Annual report of the Bengal Veterinary College, and of the Civil Veterinary Department, Bengal, for the year 1901-1902 - 1901-1902
Year: 1901
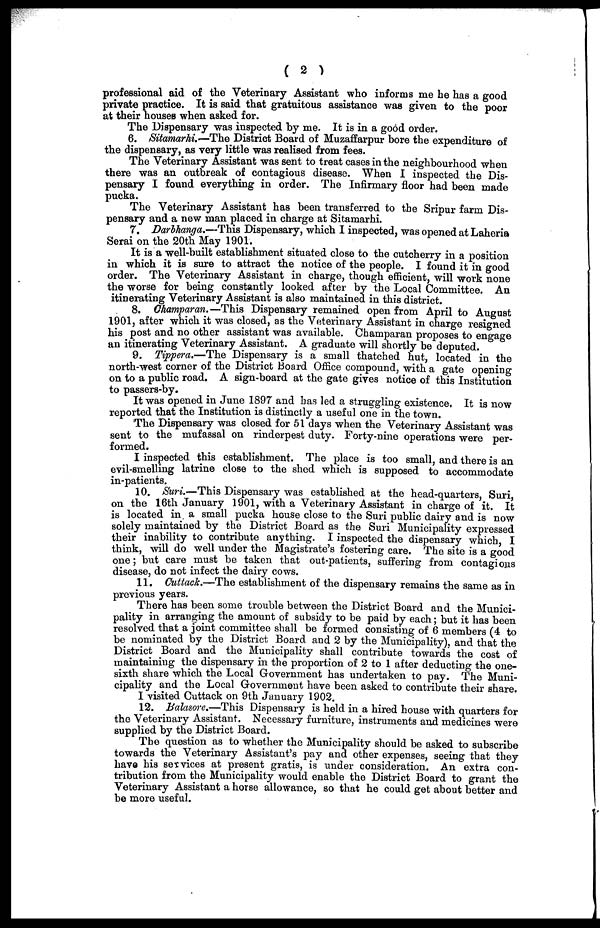
( 2 )
professional aid of the Veterinary Assistant who informs me he has a good
private practice. It is said that gratuitous assistance was given to the poor
at their houses when asked for.
The Dispensary was inspected by me. It is in a good order.
6. Sitamarhi—The District Board of Muzaffarpur bore the expenditure of
the dispensary, as very little was realised from fees.
The Veterinary Assistant was sent to treat cases in the neighbourhood when
there was an outbreak of contagious disease. When I inspected the Dis-
pensary I found everything in order. The Infirmary floor had been made
pucka.
The Veterinary Assistant has been transferred to the Sripur farm Dis-
pensary and a new man placed in charge at Sitamarhi.
7. Darbhanga.—This Dispensary, which I inspected, was opened at Laheria
Serai on the 20th May 1901.
It is a well-built establishment situated close to the cutcherry in a position
in which it is sure to attract the notice of the people. I found it in good
order. The Veterinary Assistant in charge, though efficient, will work none
the worse for being constantly looked after by the Local Committee. An
itinerating Veterinary Assistant is also maintained in this district.
8. Champaran.— This Dispensary remained open from April to August
1901, after which it was closed, as the Veterinary Assistant in charge resigned
his post and no other assistant was available. Champaran proposes to engage
an itinerating Veterinary Assistant. A graduate will shortly be deputed.
9. Tippera.—The Dispensary is a small thatched hut, located in the
north-west corner of the District Board Office compound, with a gate opening
on to a public road. A sign-board at the gate gives notice of this Institution
to passers-by.
It was opened in June 1897 and has led a struggling existence. It is now
reported that the Institution is distinctly a useful one in the town.
The Dispensary was closed for 51 days when the Veterinary Assistant was
sent to the mufassal on rinderpest duty. Forty-nine operations were per-
formed.
I inspected this establishment. The place is too small, and there is an
evil-smelling latrine close to the shed which is supposed to accommodate
in-patients.
10. Suri.-—This Dispensary was established at the head-quarters, Suri,
on the 16th January 1901, with a Veterinary Assistant in charge of it. It
is located in. a small pucka house close to the Suri public dairy and is now
solely maintained by the District Board as the Suri Municipality expressed
their inability to contribute anything. I inspected the dispensary which I
think, will do well under the Magistrate's fostering care. The site is a good
one; but care must be taken that out-patients, suffering from contagious
disease, do not infect the dairy cows.
11. Cuttach.—The establishment of the dispensary remains the same as in
previous years.
There has been some trouble between the District Board and the Munici-
pality in arranging the amount of subsidy to be paid by each; but it has been
resolved that a joint committee shall be formed consisting of 6 members (4 to
be nominated by the District Board and 2 by the Municipality), and that the
District Board and the Municipality shall contribute towards the cost of
maintaining the dispensary in the proportion of 2 to 1 after deducting the one-
sixth share which the Local Government has undertaken to pay. The Muni-
cipality and the Local Government have been asked to contribute their share.
I visited Cuttack on 9th January 1902.
12. Bahsore.-—This Dispensary is held in a hired house with quarters for
the Veterinary Assistant. Necessary furniture, instruments and medicines were
supplied by the District Board.
The question as to whether the Municipality should be asked to subscribe
towards the Veterinary Assistant's pay and other expenses, seeing that they
have his services at present gratis, is under consideration. An extra con-
tribution from the Municipality would enable the District Board to grant the
Veterinary Assistant a horse allowance, so that he could get about better and
be more useful.